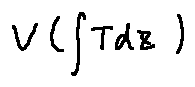
V ( \int T d z )